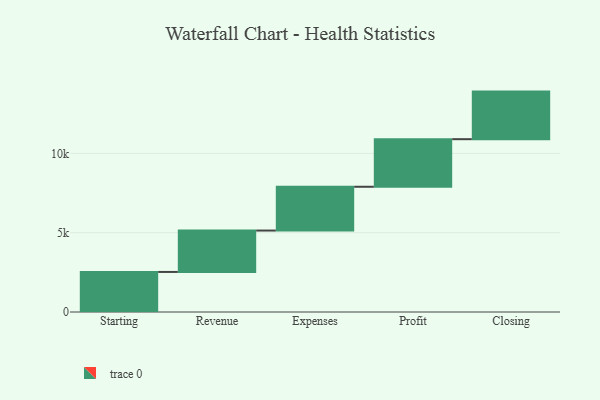
{"axis": {"x": "Step", "y": "Value"}, "legend": [""], "data": [{"x": "Starting", "y": 2526.0, "type": ""}, {"x": "Revenue", "y": 2610.0, "type": ""}, {"x": "Expenses", "y": 2761.0, "type": ""}, {"x": "Profit", "y": 3000.0, "type": ""}, {"x": "Closing", "y": 3000, "type": ""}]}